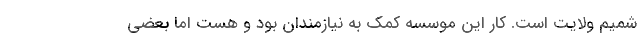
شمیم ولایت است. کار این موسسه کمک به نیازمندان بود و هست اما بعضی